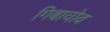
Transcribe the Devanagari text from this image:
गिबाचोव